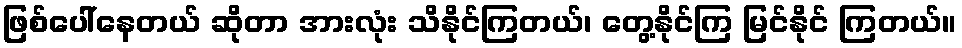
ဖြစ်ပေါ်နေတယ် ဆိုတာ အားလုံး သိနိုင်ကြတယ်၊ တွေ့နိုင်ကြ မြင်နိုင် ကြတယ်။